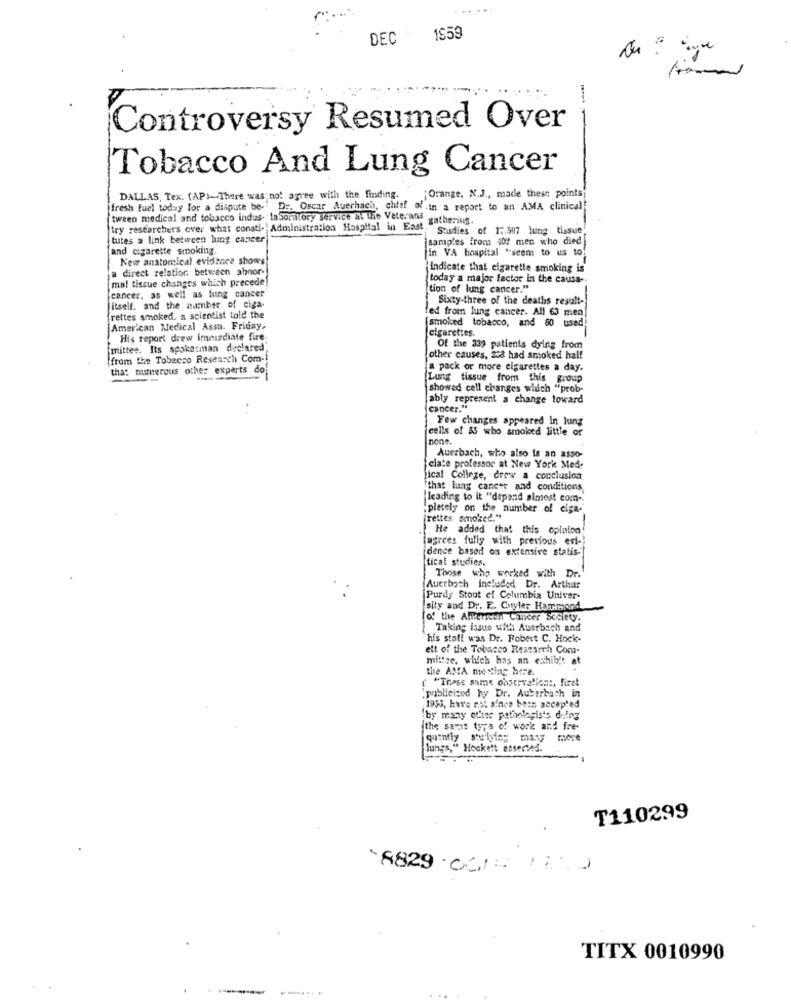
DEC
1959
Controversy Resumed Over
Tobacco And Lung Cancer
DALLAS, Tex. (AP)-There was; not agree with the finding.
"Orange, N.J ., made these points
fresh fuel today for a dispute be-" Dr. Oscar Auerhach, chief of in a report to an AMA clinical
tween medical and tobacco indus- laboratory service at the Veterans gathering.
try researchers ever what consti- Administration Hospital in East.
Studies of 1 :. 597 lung tissue.
tutes a link between lung cancer
samples from 40? men who died
and cigarette smoking.
in VA hospital "seem to us to
New anatomical evidence shows
direct relation between abnor-
Indicate that cigarette smoking is
mal tissue changes which precede
today a major factor in the causa-
tion of lung cancer."
cancer, as well as lung cancer
Sixty-three of the deaths result-
itself. and the number of ciga-
(rettes smoked. a scientist told the
(smoked tobacco, and 80 used;
ed from lung cancer. All 63 men!
American Medical Assu. Friday.
cigarettes.
His report drew immediate fire.
mittee. Its spokesman declared,
Of the 339 patients dying from
(from the Tobacco Research Com-
other causes, 238 had smoked half
that numerous other experts do
a pack or more cigarettes a day.
Lung tissue from this group
showed cell changes which "prob-
ably represent a change toward
cancer."
Few changes appeared In lung
cells of &5 who amoiced little or
none.
Auerbach, who also is an asso-
ciate professor at New York Med
ical College, crew a conclusion
that lung cancer and conditions
leading to it "depand almost com-
"pletely on the number of ciga-
(rettes smoked."
He added that this opinion
agrees fully with previous ent-
dence based on extensive statis-
tical studies.
Those who worked with
Dr.
Auerbach included Dr. Arthur
Purdy Stout of Columbia Univer-
sity and Dr. E. Curyler Hammond
[of the American Cancer Society.
Taking issue with Auerbach and
his staff was Dr. Robert C. Hock-
ett of the Tobacco Research Com-
mittse, which has an exhibit at
the AMA mexting hire.
"These same observationt, first
publicized by Dr. Auberbach in
1933, have not since been accepted
'by many other pathologists ding
ithe samt tyra of work and fre-
langs," Heckett asserted.
T110299
8829 0012 180
TITX 0010990